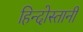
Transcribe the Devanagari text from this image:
हिन्दोस्तानी